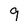
Character: 9